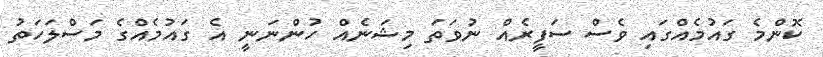
ކޮންމެ ގައުމެއްގައި ވެސް ސަފީރެއް ނުވަތަ މިޝަނެއް ހުންނަނީ އެ ގައުމެއްގެ މަސްލަހަތު